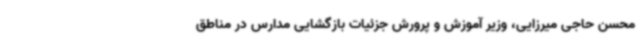
محسن حاجی میرزایی، وزیر آموزش و پرورش جزئیات بازگشایی مدارس در مناطق